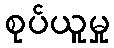
စုပ်ယူမှု